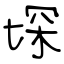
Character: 堔